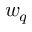
w _ { q }